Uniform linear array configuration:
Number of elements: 16
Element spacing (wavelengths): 0.25
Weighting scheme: cosine
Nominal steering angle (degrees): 60
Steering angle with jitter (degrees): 58.645
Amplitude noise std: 0.05
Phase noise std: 0.05

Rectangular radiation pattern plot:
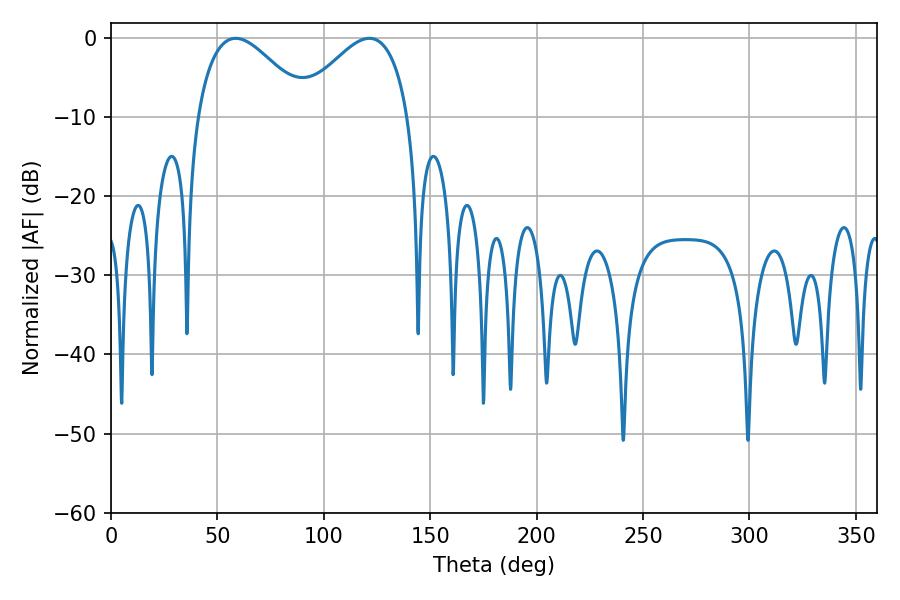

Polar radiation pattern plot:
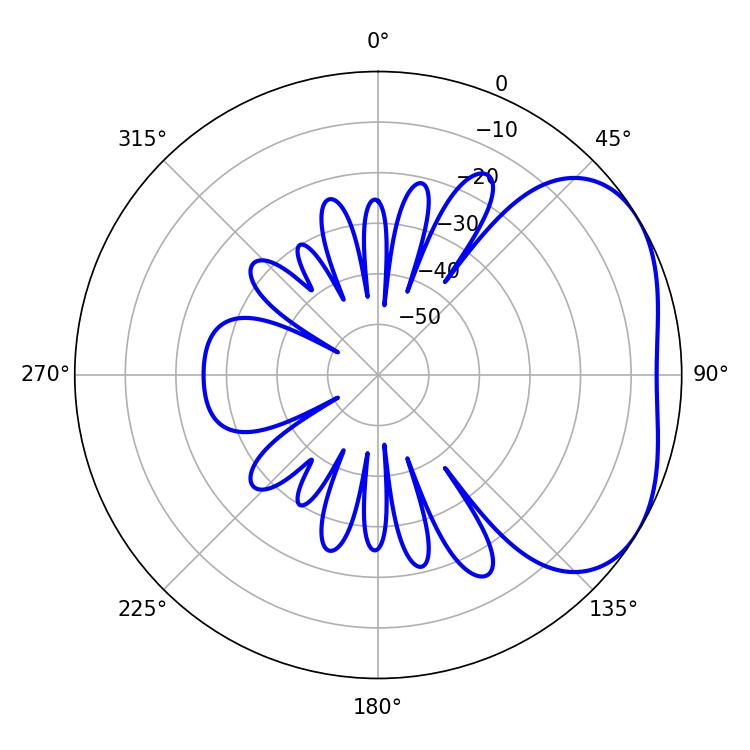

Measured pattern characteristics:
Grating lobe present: FALSE
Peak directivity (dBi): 3.354
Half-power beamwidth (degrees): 28.44
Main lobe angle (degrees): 58.68